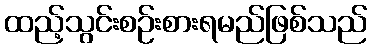
ထည့်သွင်းစဉ်းစားရမည်ဖြစ်သည်